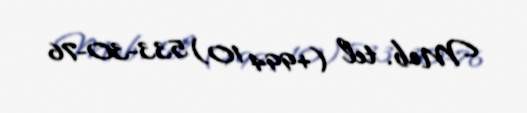
Mob. tel (+994 10) 533-30-76